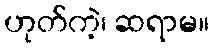
ဟုတ်ကဲ့၊ ဆရာမ။